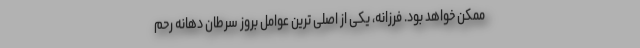
ممکن خواهد بود. فرزانه، یکی از اصلی ترین عوامل بروز سرطان دهانه رحم